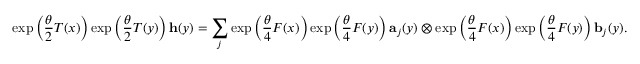
\exp \left( \frac { \theta } { 2 } T ( x ) \right) \exp \left( \frac { \theta } { 2 } T ( y ) \right) \mathbf { h } ( y ) = \sum _ { j } \exp \left( \frac { \theta } { 4 } F ( x ) \right) \exp \left( \frac { \theta } { 4 } F ( y ) \right) \mathbf { a } _ { j } ( y ) \otimes \exp \left( \frac { \theta } { 4 } F ( x ) \right) \exp \left( \frac { \theta } { 4 } F ( y ) \right) \mathbf { b } _ { j } ( y ) .